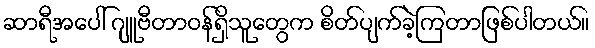
ဆာရီအပေါ် ဂျူဗီတာဝန်ရှိသူတွေက စိတ်ပျက်ခဲ့ကြတာဖြစ်ပါတယ်။